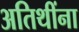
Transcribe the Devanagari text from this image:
अतिथींना